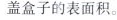
盖盒子的表面积。